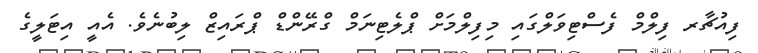
ފިއުޗާރ ފިލްމް ފެސްޓިވަލްގައި މިފިލްމަށް ޕްލެޓިނަމް ގްރޭންޑް ޕްރައިޒް ލިބުނެވެ. އެއީ އިޓަލީގެ